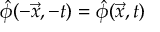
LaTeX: \hat { \phi } ( - \vec { x } , - t ) = \hat { \phi } ( \vec { x } , t )